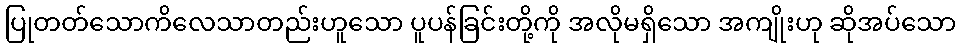
ပြုတတ်သောကိလေသာတည်းဟူသော ပူပန်ခြင်းတို့ကို အလိုမရှိသော အကျိုးဟု ဆိုအပ်သော